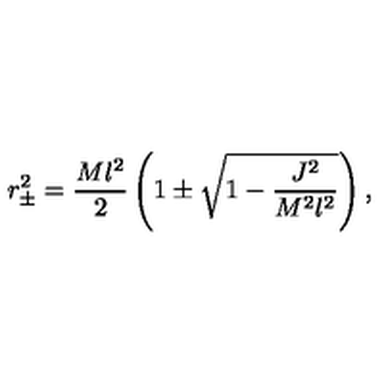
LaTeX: r _ { \pm } ^ { 2 } = \frac { M l ^ { 2 } } { 2 } \left( 1 \pm \sqrt { 1 - \frac { J ^ { 2 } } { M ^ { 2 } l ^ { 2 } } } \right) ,